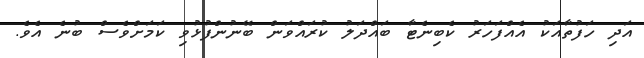
އަދި ހަފުތާއަކު އެއްފަހަރު ކެބިނެޓާ ބައްދަލު ކުރައްވަން ބޭނުންފުޅުވި ކަމަށްވެސް ބުނެ އެވެ.